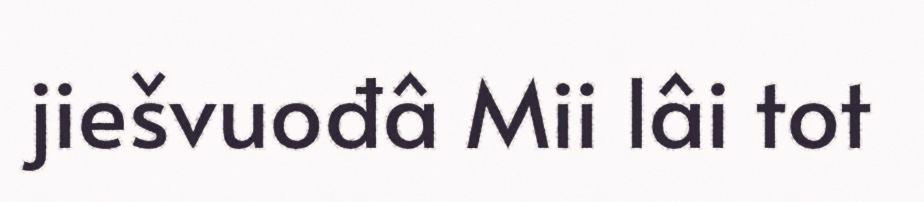
jiešvuođâ Mii lâi tot